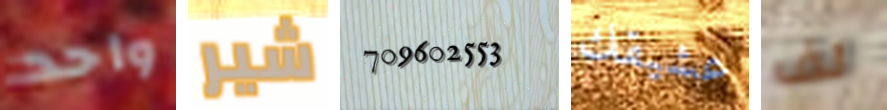
واحد شير 709602553 عشيقك لف